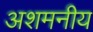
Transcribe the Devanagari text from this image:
अशमनीय